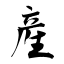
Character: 産